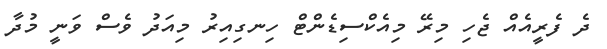
ދެ ފެރީއެއް ޖެހި މިރޭ މިއެކްސިޑެންޓް ހިނގިއިރު މިއަދު ވެސް ވަނީ މުދާ